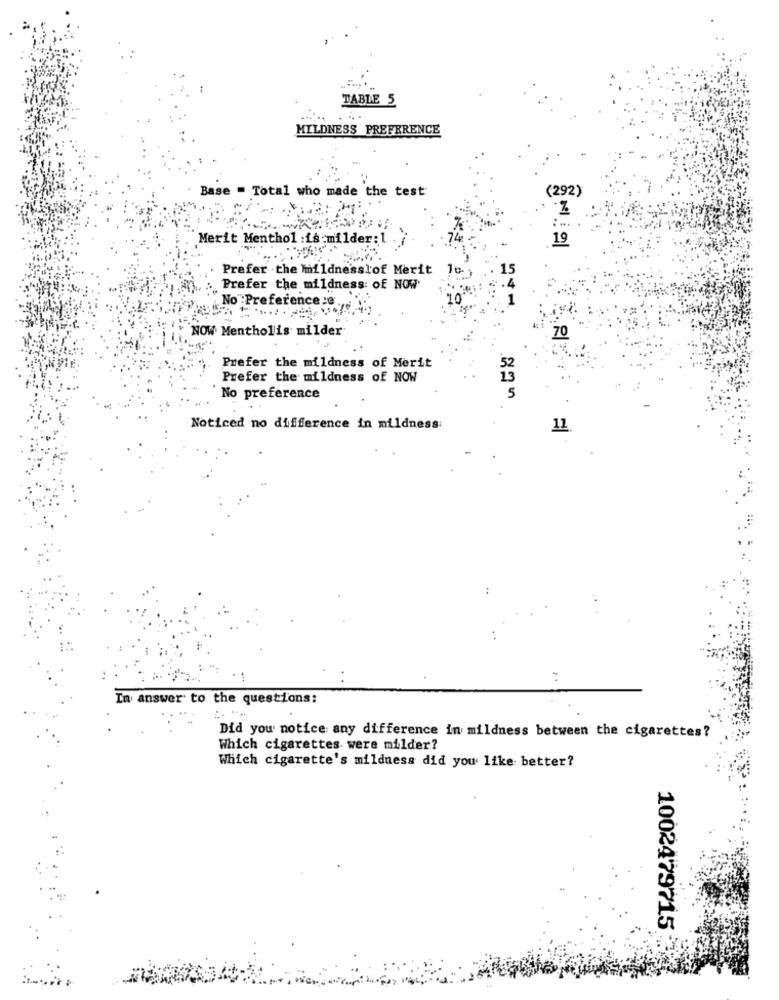
TABLE 5
MILDNESS PREFERENCE
Base = Total who made the test
(292)
:...
Merit Menthol :is:milder: 1.
19
Prefer the Wildnesslof Merit Ju .;
Prefer the mildness of NOW
No :Preference :e .
NOW Mentholis milder
70
Prefer the mildness of Merit
Prefer the mildness of NOW
13
No preference
5
Noticed no difference in mildness:
11
In answer to the questions:
Did you notice any difference in mildness between the cigarettes?
Which cigarettes were milder?
Which cigarette's mildness did you like better?
1002479715